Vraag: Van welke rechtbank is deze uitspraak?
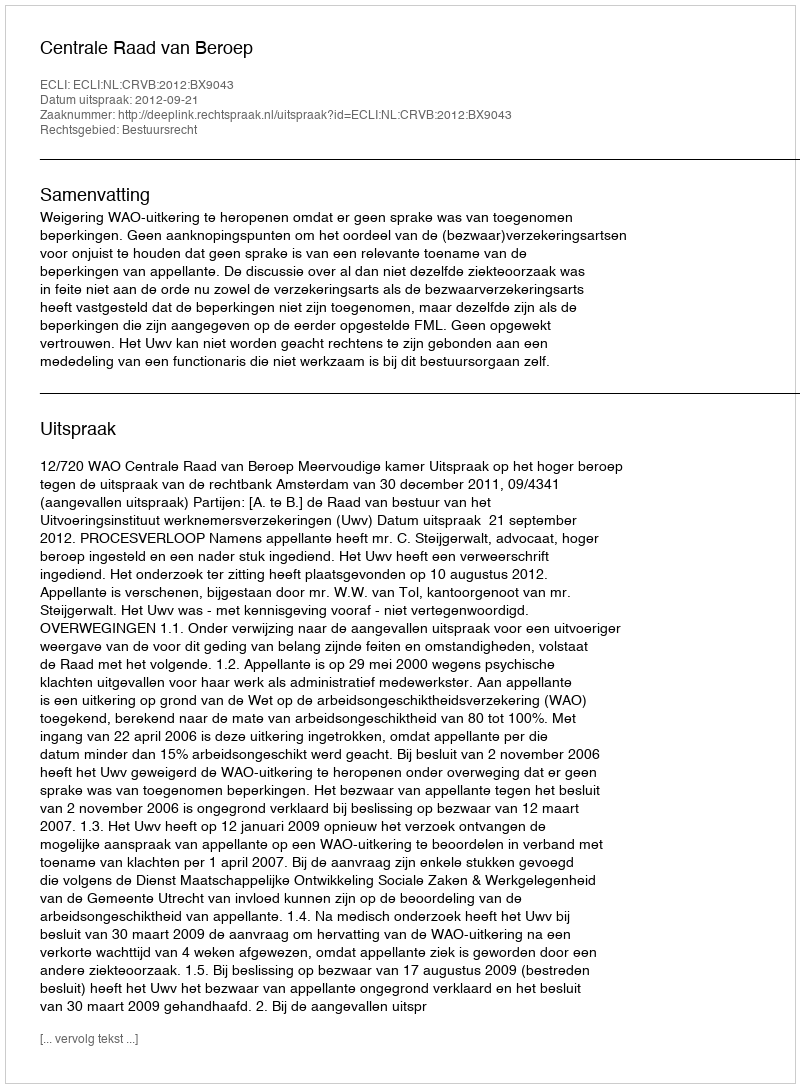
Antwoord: Centrale Raad van Beroep